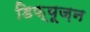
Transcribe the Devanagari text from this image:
डिफ़्यूज़न